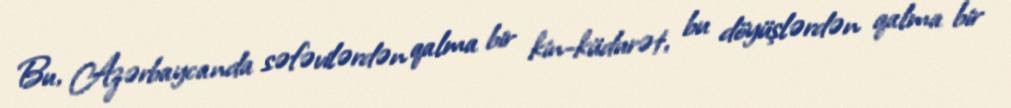
Bu, Azərbaycanda səfəvilərdən qalma bir kin-küdurət, bu döyüşlərdən qalma bir